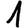
Digit: 1